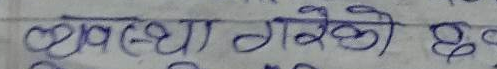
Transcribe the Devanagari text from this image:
व्यवस्था गरेको छ